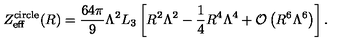
Z _ { \mathrm { e f f } } ^ { \mathrm { c i r c l e } } ( R ) = \frac { 6 4 \pi } { 9 } \Lambda ^ { 2 } L _ { 3 } \left[ R ^ { 2 } \Lambda ^ { 2 } - \frac { 1 } { 4 } R ^ { 4 } \Lambda ^ { 4 } + { \cal O } \left( R ^ { 6 } \Lambda ^ { 6 } \right) \right] .